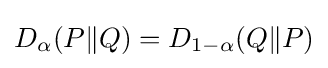
D_{\alpha }(P\|Q)=D_{1-\alpha }(Q\|P)